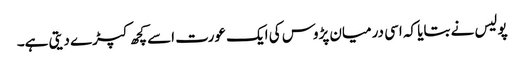
پولیس نے بتایا کہ اسی درمیان پڑوس کی ایک عورت اسے کچھ کپڑے دیتی ہے۔